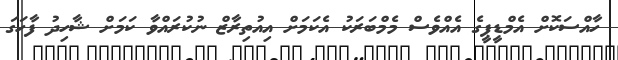
ހާއްސަކޮށް އެމްޑީޕީގެ އެއްވެސް މެމްބަރަކު އެކަމަށް އިއުތިރާޒް ނުކުރައްވާ ކަމަށް ޝާހިދު ފާހަގަ